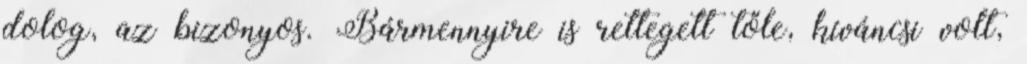
dolog, az bizonyos. Bármennyire is rettegett tőle, kíváncsi volt,